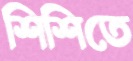
শিশিতে